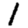
Digit: 1